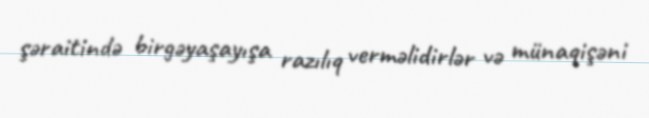
şəraitində birgəyaşayışa razılıq verməlidirlər və münaqişəni